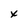
Character: x